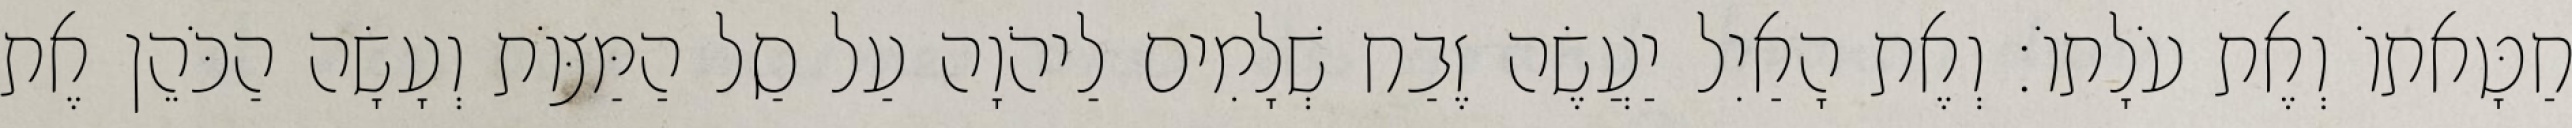
חַטָּאתוֹ וְאֶת עֹלָתוֹ׃ וְאֶת הָאַיִל יַעֲשֶׂה זֶבַח שְׁלָמִים לַיהֹוָה עַל סַל הַמַּצּוֹת וְעָשָׂה הַכֹּהֵן אֶת